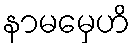
နာမမှေဟိ